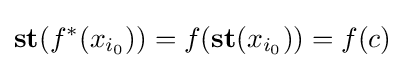
\mathbf {st} (f^{*}(x_{i_{0}}))=f(\mathbf {st} (x_{i_{0}}))=f(c)